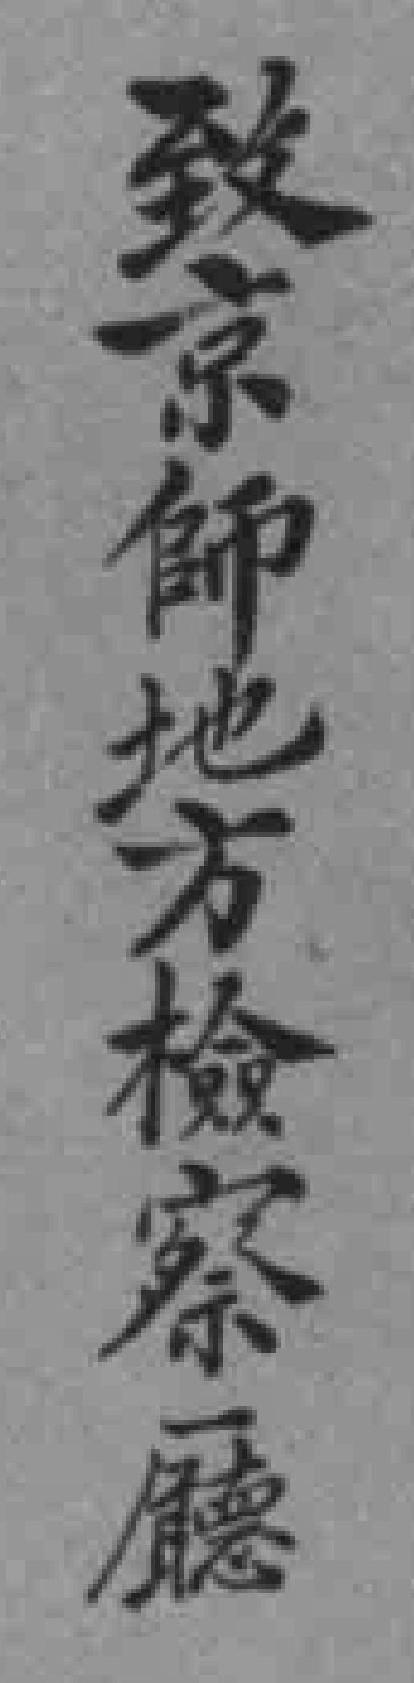
致京師地方检察廳